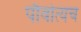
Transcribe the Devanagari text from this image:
पौर्वात्यच